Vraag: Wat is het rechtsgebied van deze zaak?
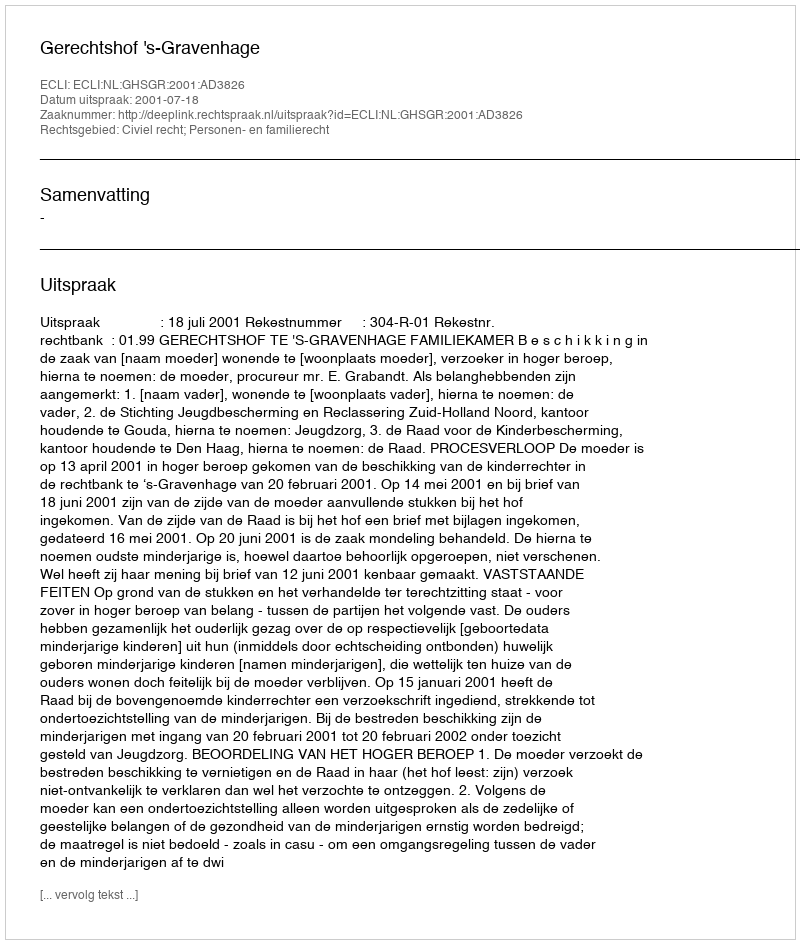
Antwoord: Civiel recht; Personen- en familierecht